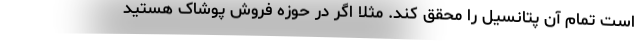
است تمام آن پتانسیل را محقق کند. مثلا اگر در حوزه فروش پوشاک هستید